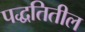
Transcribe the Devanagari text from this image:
पद्धतितील